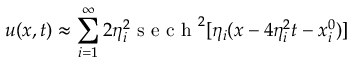
u ( x , t ) \approx \sum _ { i = 1 } ^ { \infty } 2 \eta _ { i } ^ { 2 } \mathrm { ~ s ~ e ~ c ~ h ~ } ^ { 2 } [ \eta _ { i } ( x - 4 \eta _ { i } ^ { 2 } t - x _ { i } ^ { 0 } ) ]